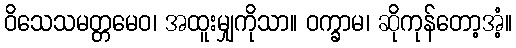
ဝိသေသမတ္တမေဝ၊ အထူးမျှကိုသာ။ ဝက္ခာမ၊ ဆိုကုန်တော့အံ့။